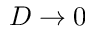
D \to 0